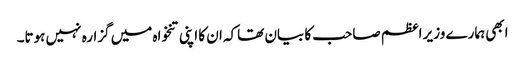
ابھی ہمارے وزیر اعظم صاحب کا بیان تھاکہ ان کا اپنی تنخواہ میں گزارہ نہیں ہوتا۔